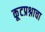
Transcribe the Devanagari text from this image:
कूटप्रश्नाचा